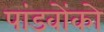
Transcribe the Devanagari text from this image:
पांडवोंको